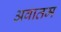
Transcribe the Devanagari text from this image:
अवातम